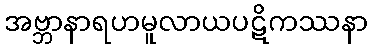
အဗ္ဘာနာရဟမူလာယပဋိကဿနာ